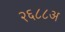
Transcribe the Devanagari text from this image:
२६८८अ